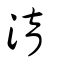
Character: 淯